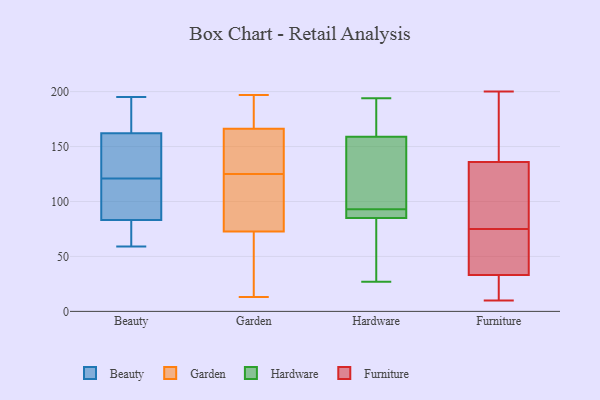
{"axis": {"x": "Waste Production (Tons)", "y": "Value"}, "legend": ["Beauty", "Furniture", "Garden", "Hardware"], "data": [{"x": "", "y": 81, "type": "Beauty"}, {"x": "", "y": 128, "type": "Beauty"}, {"x": "", "y": 121, "type": "Beauty"}, {"x": "", "y": 90, "type": "Beauty"}, {"x": "", "y": 173, "type": "Beauty"}, {"x": "", "y": 141, "type": "Beauty"}, {"x": "", "y": 59, "type": "Beauty"}, {"x": "", "y": 169, "type": "Beauty"}, {"x": "", "y": 114, "type": "Beauty"}, {"x": "", "y": 79, "type": "Beauty"}, {"x": "", "y": 195, "type": "Beauty"}, {"x": "", "y": 134, "type": "Garden"}, {"x": "", "y": 164, "type": "Garden"}, {"x": "", "y": 197, "type": "Garden"}, {"x": "", "y": 105, "type": "Garden"}, {"x": "", "y": 51, "type": "Garden"}, {"x": "", "y": 167, "type": "Garden"}, {"x": "", "y": 13, "type": "Garden"}, {"x": "", "y": 189, "type": "Garden"}, {"x": "", "y": 33, "type": "Garden"}, {"x": "", "y": 161, "type": "Garden"}, {"x": "", "y": 120, "type": "Garden"}, {"x": "", "y": 193, "type": "Garden"}, {"x": "", "y": 105, "type": "Garden"}, {"x": "", "y": 125, "type": "Garden"}, {"x": "", "y": 62, "type": "Garden"}, {"x": "", "y": 172, "type": "Hardware"}, {"x": "", "y": 27, "type": "Hardware"}, {"x": "", "y": 85, "type": "Hardware"}, {"x": "", "y": 84, "type": "Hardware"}, {"x": "", "y": 159, "type": "Hardware"}, {"x": "", "y": 154, "type": "Hardware"}, {"x": "", "y": 100, "type": "Hardware"}, {"x": "", "y": 194, "type": "Hardware"}, {"x": "", "y": 85, "type": "Hardware"}, {"x": "", "y": 86, "type": "Hardware"}, {"x": "", "y": 63, "type": "Furniture"}, {"x": "", "y": 184, "type": "Furniture"}, {"x": "", "y": 73, "type": "Furniture"}, {"x": "", "y": 75, "type": "Furniture"}, {"x": "", "y": 139, "type": "Furniture"}, {"x": "", "y": 156, "type": "Furniture"}, {"x": "", "y": 200, "type": "Furniture"}, {"x": "", "y": 10, "type": "Furniture"}, {"x": "", "y": 127, "type": "Furniture"}, {"x": "", "y": 54, "type": "Furniture"}, {"x": "", "y": 20, "type": "Furniture"}, {"x": "", "y": 18, "type": "Furniture"}, {"x": "", "y": 105, "type": "Furniture"}, {"x": "", "y": 125, "type": "Furniture"}, {"x": "", "y": 26, "type": "Furniture"}]}